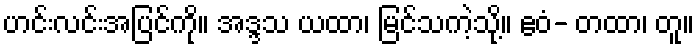
ဟင်းလင်းအပြင်ကို။ အဒ္ဒသ ယထာ၊ မြင်သကဲ့သို့။ ဧဝံ- တထာ၊ တူ။